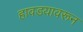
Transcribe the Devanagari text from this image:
हावडयावरून